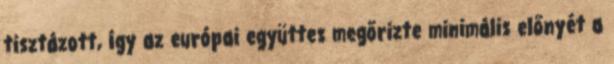
tisztázott, így az európai együttes megőrizte minimális előnyét a